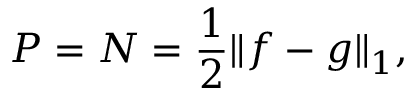
P = N = \frac 1 2 \| f - g \| _ { 1 } ,